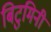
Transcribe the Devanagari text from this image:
बिटुमिनी